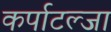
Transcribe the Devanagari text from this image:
कर्पाटल्जा